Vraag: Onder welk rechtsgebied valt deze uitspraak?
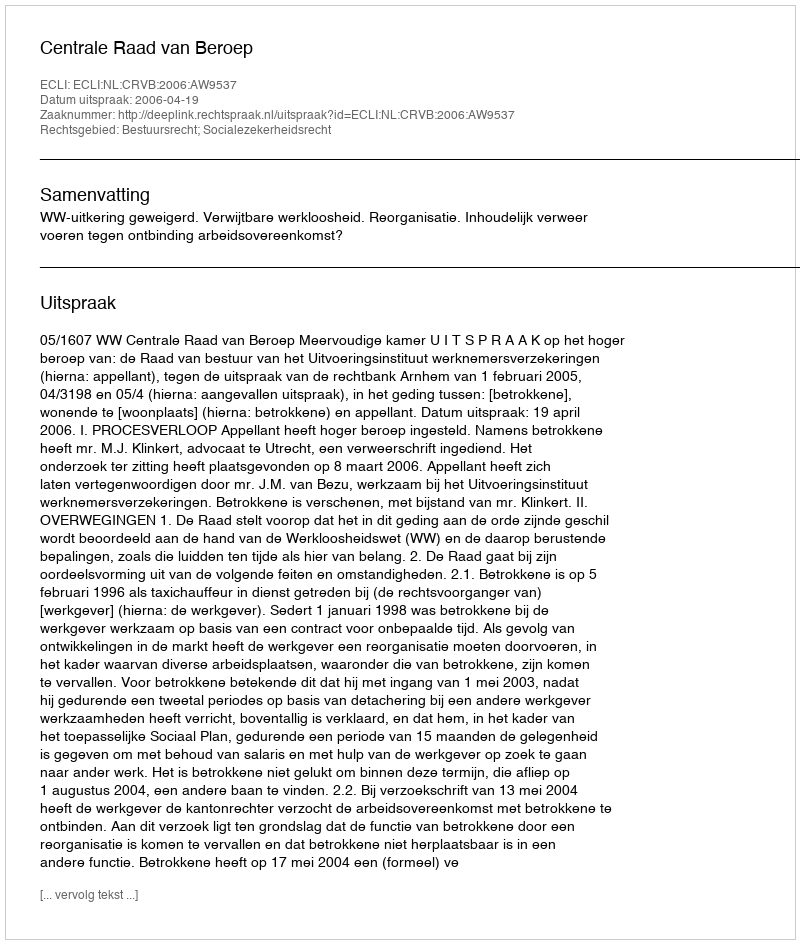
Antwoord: Bestuursrecht; Socialezekerheidsrecht